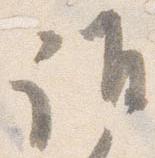
誰